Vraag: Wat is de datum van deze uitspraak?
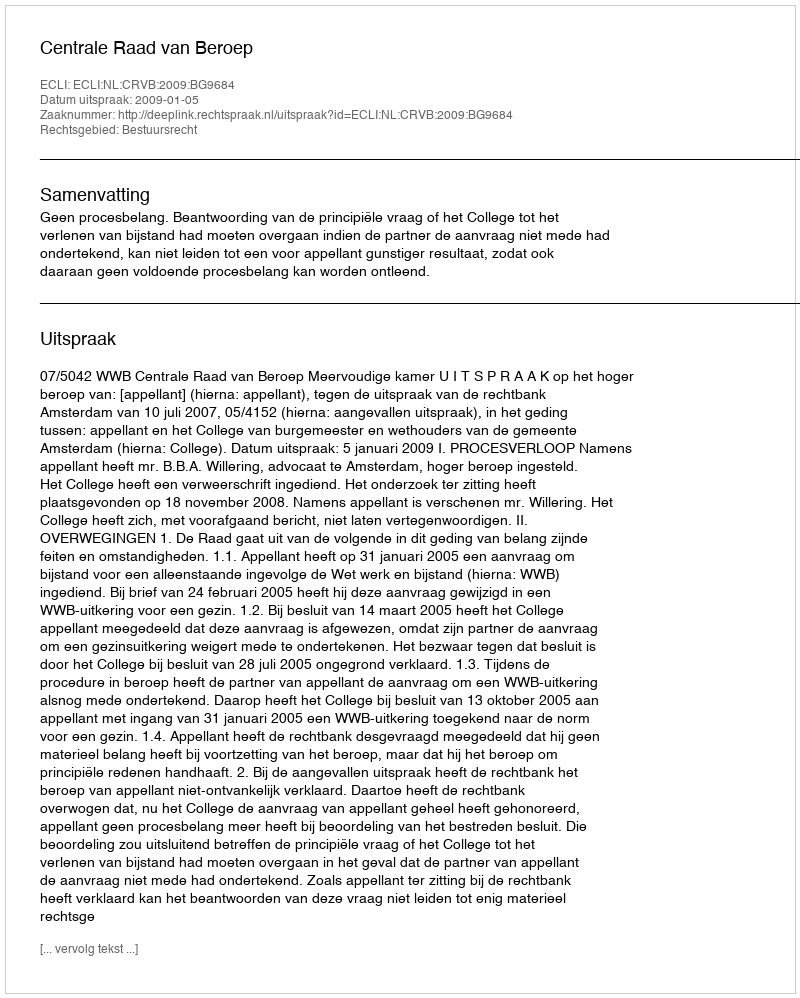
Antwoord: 2009-01-05